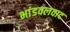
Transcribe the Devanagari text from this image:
भांडवलवाद